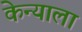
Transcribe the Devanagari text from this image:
केन्याला